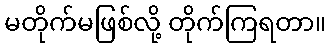
မတိုက်မဖြစ်လို့ တိုက်ကြရတာ။